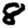
Digit: 8